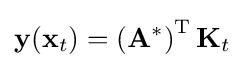
\mathbf {y} (\mathbf {x} _{t})=\left(\mathbf {A} ^{*}\right)^{\text{T}}\mathbf {K} _{t}